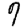
Digit: 9